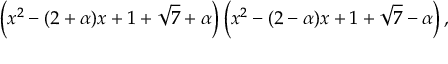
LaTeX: \left( x ^ { 2 } - ( 2 + \alpha ) x + 1 + { \sqrt { 7 } } + \alpha \right) \left( x ^ { 2 } - ( 2 - \alpha ) x + 1 + { \sqrt { 7 } } - \alpha \right) ,